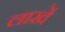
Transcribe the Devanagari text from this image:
लाखें